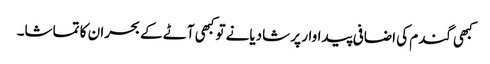
کبھی گندم کی اضافی پیداوار پر شادیانے تو کبھی آٹے کے بحران کا تماشا۔